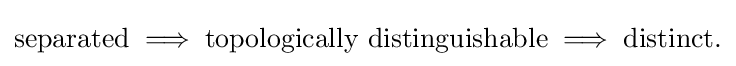
{\text{separated}}\implies {\text{topologically distinguishable}}\implies {\text{distinct.}}